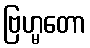
ဗြဟ္မတော